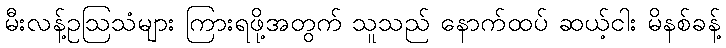
မီးလန့်ဥဩသံများ ကြားရဖို့အတွက် သူသည် နောက်ထပ် ဆယ့်ငါး မိနစ်ခန့်